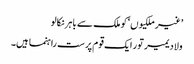
’غیر ملکیوں‘ کو ملک سے باہر نکالو
ولادیمیر تور ایک قوم پرست راہنما ہیں۔